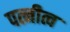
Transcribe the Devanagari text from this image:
पत्नीत्व